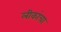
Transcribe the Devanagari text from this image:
लीकांचा